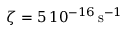
\zeta = 5 \, 1 0 ^ { - 1 6 } \, \mathrm { s } ^ { - 1 }